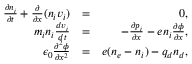
\begin{array} { r l r } { \frac { \partial n _ { i } } { \partial t } + \frac { \partial } { \partial x } ( n _ { i } v _ { i } ) } & { = } & { 0 , } \\ { m _ { i } n _ { i } \frac { d v _ { i } } { d t } } & { = } & { - \frac { \partial p _ { i } } { \partial x } - e n _ { i } \frac { \partial \phi } { \partial x } , } \\ { \epsilon _ { 0 } \frac { \partial ^ { 2 } \phi } { \partial x ^ { 2 } } } & { = } & { e ( n _ { e } - n _ { i } ) - q _ { d } n _ { d } , } \end{array}